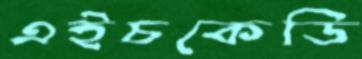
এইচকেডি